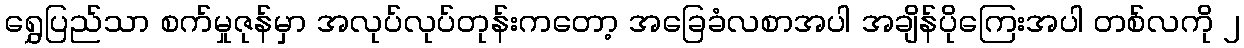
ရွှေပြည်သာ စက်မှုဇုန်မှာ အလုပ်လုပ်တုန်းကတော့ အခြေခံလစာအပါ အချိန်ပိုကြေးအပါ တစ်လကို ၂